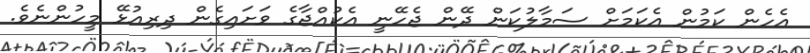
އެހެން ކަމުން އެކަމަށް ސަމާލުކަން ދޭން ޖެހޭނީ އެކުއްޖާގެ ވަށައިގެން ދިރިއުޅޭ މީހުންނެވެ.